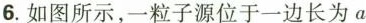
6.如图所示，一粒子源位于一边长为a